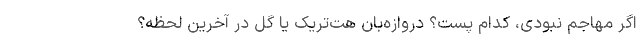
اگر مهاجم نبودی، کدام پست؟ دروازه‌بان هت‌تریک یا گل در آخرین لحظه؟